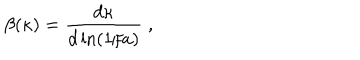
LaTeX: \beta ( \kappa ) = { \frac { d \kappa } { d \ln ( 1 / a ) } } \; ,